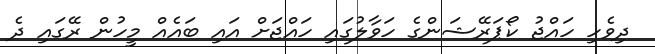
ދިވެހި ހައްޖު ކޯޕަރޭޝަންގެ ހަވާލުގައި ހައްޖަށް އައި ބައެއް މީހުން ރޭގައި ދެ